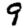
Digit: 9